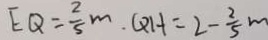
E Q = \frac { 2 } { 5 } m . Q H = 2 - \frac { 2 } { 5 } m